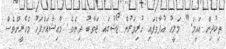
ތިކުދިން އައީމަ." މަލީހު އުފާވެފައި ހުރިވަރުން ޖޯޝުގައި ޖަވާބު ދިނެވެ. މާއިޝާއަށްފަހު މެހެރީންވެސް